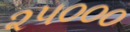
૨૫૦૦૦